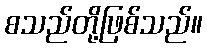
စသည်တို့ဖြစ်သည်။